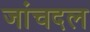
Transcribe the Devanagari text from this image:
जांचदल